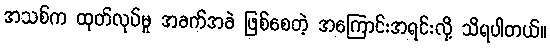
အသစ်က ထုတ်လုပ်မှု အခက်အခဲ ဖြစ်စေတဲ့ အကြောင်းအရင်းလို့ သိရပါတယ်။